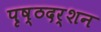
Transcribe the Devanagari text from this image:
पृष्ठदर्शन